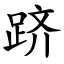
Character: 跻